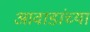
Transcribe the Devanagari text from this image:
आवाडांच्या